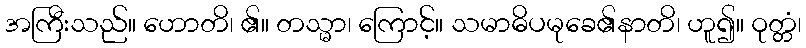
အကြီးသည်။ ဟောတိ၊ ၏။ တသ္မာ၊ ကြောင့်။ သမာဓိပမုခေ၏နာတိ၊ ဟူ၍။ ဝုတ္တံ၊